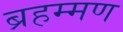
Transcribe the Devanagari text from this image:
ब्रहम्मण